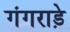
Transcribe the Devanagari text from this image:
गंगराड़े